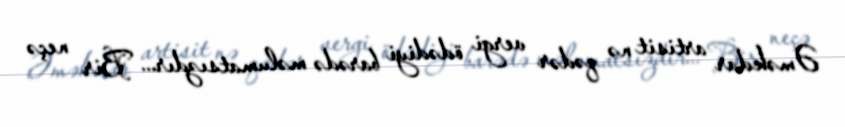
Əməkdar artisit nə qədər vergi ödədiyi barədə məlumatsızdır... Bir neçə